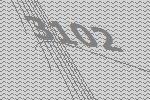
3102